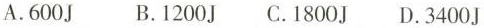
A.600J B.1200J C.1800J D.3400J